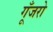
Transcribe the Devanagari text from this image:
गूँजरो